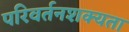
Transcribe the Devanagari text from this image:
परिवर्तनशक्यता